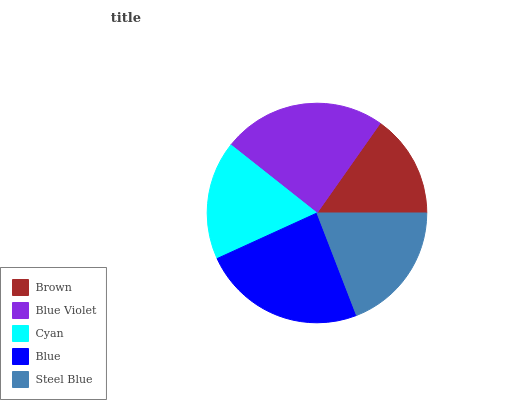
| Brown | Blue Violet | Cyan | Blue | Steel Blue |
 | --- | --- | --- | --- | --- |
 | 15.2% | 24.2% | 17.5% | 24% | 19.1% |